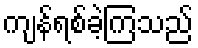
ကျန်ရစ်ခဲ့ကြသည်